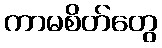
ကာမစိတ်တွေ